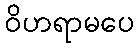
ဝိဟရာမပေ